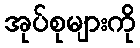
အုပ်စုများကို